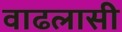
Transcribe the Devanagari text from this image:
वाढलासी